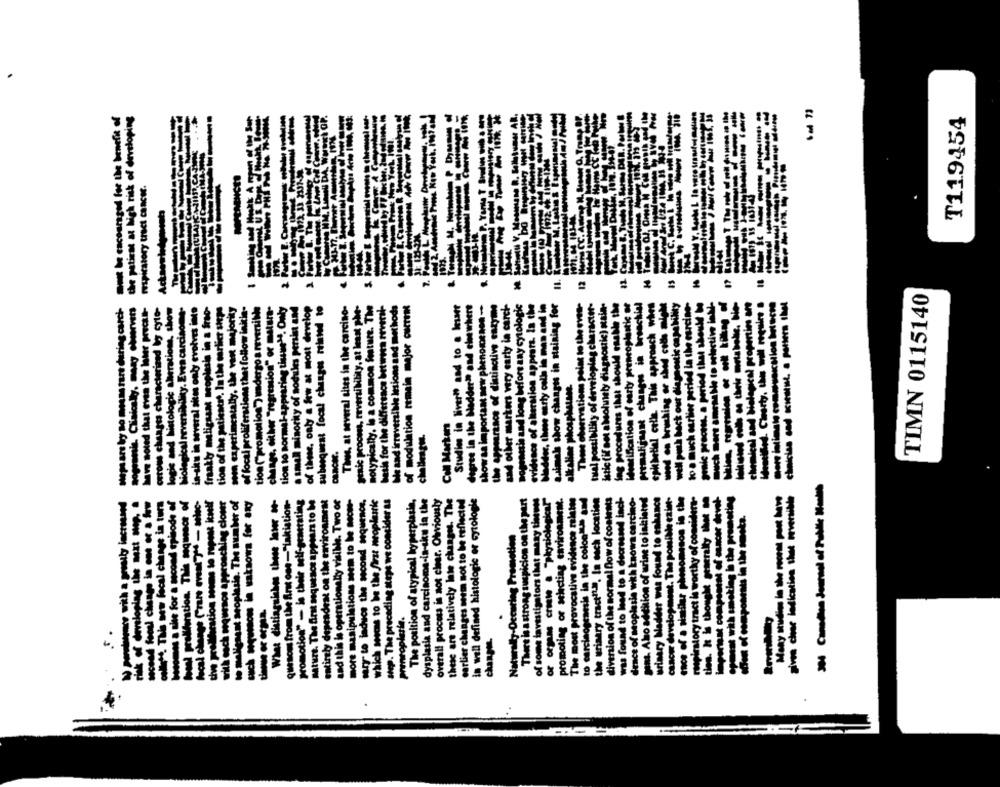
AR,
------
De he cacouraged for the benefit of
the patient at high risk of developing
---
---
T119454
1.334-0
P. Yana
12
C
2
auimal show changes in staining for
TIMN 0115140
have noted that even the lower preckt-
logic and histologic alterations, show
Nological reversibility. Even carcinome-
in-sku in several sites only evolves inte
frankly meligsaat neoplasie in a frao-
tion of the patientst. In the earlier steps
som experimentally, the vast majority
of focal proliferations that follow initie-
tion ("promotion') undergo a reversible
change, either "regression" or matura-
tion to normal-appearing tissueM. Only
a small minority of sodules persist and
of these, only a few at most develop
This, at several sites in the carcino-
genic process, reversibility, at least phe-
notypically. le a common feature. The
basis for the difference between several-
Me and irreversible lesions and methods
of modulation remain major ouTem
Studies in Hiver" and to a kesner
degree in the Madder" and chewhert
show sa important new phenomenon -.
the appearance of distinctive enzyme
sad other markers very early in carch-
nogenesis and long before any cytologi
evidence of alteration appears. la the
addor, these eurty coll lo man and in
These cheervations polat to the even-
tual possibility of developlag character-
Istic (if not absolunety diagnostic) nsin-
Ing procedures that should raske the
identification of early preneoplastic or
primahijaant changes in breachiel
well push back our diagnostic onpe bility
to a much ourlier period la the eurdime-
much Sort amcastle to selecting inN-
chemical and Helogical propertin an
and Helepical propertin ant
ortous changts characterized by cyto-
subsequent focal changes related to
alkaline phosphatase.
Coll Marken
more intia
deace of neoplasie with known carcino-
gins. Alo addition of urine to inkiated
mace of a sistiler phenomenon in the
ties. kt & thought penalty It -
postat of ounces devet-
Cporat wik smoking in the promoting
Many studies in the recent post bewe
given cheac indication that neversites
y porelwere with a prostly incronnd
ik of developing the mit -p. .
second foodi change in ons or a few
oultche. The saw focal change in tora
boomes a site for a second episode of
loend proliferation. This mquescr of
focal change (rare event ?" - selec-
with each mqusos approaching clout
to malignant seoplusis. The number of
What distinguishes these low 14-
quesous from the Art one-"takiation-
promotion" - je their self-generating
mature. The dirt mquesos appears to be
entirely depradeat on the environment
and this is operationalty visible. Two or
more manipulations seem to be noche-
sary to induce the second sequence.
which secas to be the first neoplastic
step. The preceding steps we concider as
The position of atypical hyperplasia,
dysplasia and carcinome-in-sku in the
Overall process is not clear. Otriously
these are relatively late changes. The
earlier changes seem not to be reflected
in well defined histologic or cytologie
There is a strong suspicion on the pert
of some investigators that many tineuss
--- . "physiological"
promoting or selecting environment.
The most provocative evidence zaletes
to carcinogenesis in the colon""" and
the urinary tract".". In each location
diversion of the normal Dow of contents
was found to lead to a decreased inch-
Hadder was found to enhance
respiratory tract is worthy of considert-
cancer development. The pomibe
Naturally-Occuring Promotion
imporisst compone
urinary Madder
preneoplasie.
changes
to
the
--